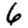
Digit: 6